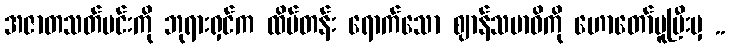
အဇာတသတ်မင်းကို ဘုရားရှင်က ထိပ်တန်း ရောက်သော ဈာန်သမာဓိကို ဟောတော်မူပြီးမှ ..